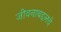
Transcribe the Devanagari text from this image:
जीवनाबद्दलचे